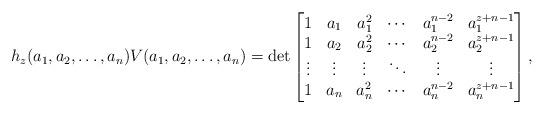
LaTeX: \begin{align*} h_z(a_1,a_2,\ldots,a_n) V(a_1,a_2,\ldots,a_n) = \det\begin{bmatrix}1 & a_1 & a_1^2 & \cdots & a_1^{n-2} & a_1^{z+n-1} \\1 & a_2 & a_2^2 & \cdots & a_2^{n-2} & a_2^{z+n-1} \\\vdots & \vdots & \vdots & \ddots & \vdots & \vdots \\1 & a_n & a_n^2 & \cdots & a_n^{n-2} & a_n^{z+n-1} \\\end{bmatrix},\end{align*}